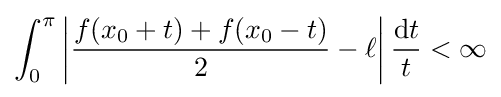
\int _{0}^{\pi }\left|{\frac {f(x_{0}+t)+f(x_{0}-t)}{2}}-\ell \right|{\frac {\mathrm {d} t}{t}}<\infty